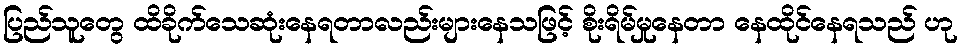
ပြည်သူတွေ ထိခိုက်သေဆုံးနေရတာလည်းများနေသဖြင့် စိုးရိမ်မှုနေတာ နေထိုင်နေရသည် ဟု